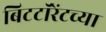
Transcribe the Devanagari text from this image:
बिटटॉरेंटच्या